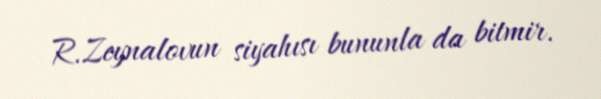
R.Zeynalovun siyahısı bununla da bitmir.